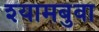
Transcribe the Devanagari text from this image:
श्यामबुवा